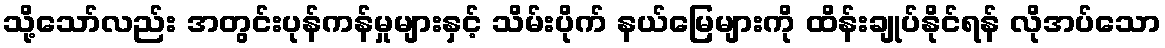
သို့သော်လည်း အတွင်းပုန်ကန်မှုများနှင့် သိမ်းပိုက် နယ်မြေများကို ထိန်းချုပ်နိုင်ရန် လိုအပ်သော